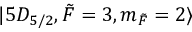
\lvert 5 D _ { 5 / 2 } , \Tilde { F } = 3 , m _ { \Tilde { F } } = 2 \rangle